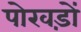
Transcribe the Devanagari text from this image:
पोखड़ों